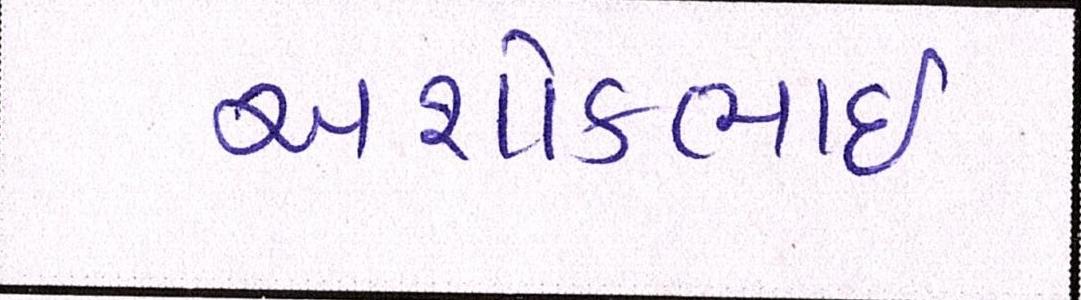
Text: અશોકભાઇ